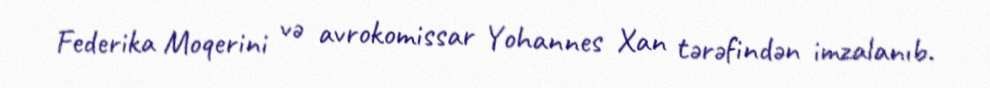
Federika Moqerini və avrokomissar Yohannes Xan tərəfindən imzalanıb.